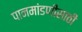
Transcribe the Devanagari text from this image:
पानमांडणीसाठी